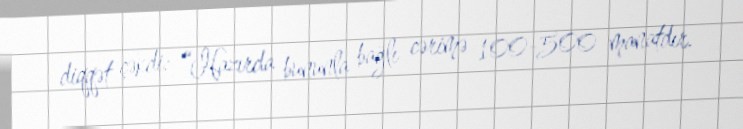
diqqət çəkdi: “Hazırda bununla bağlı cərimə 100-500 manatdır.